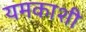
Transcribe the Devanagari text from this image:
यमकाशी